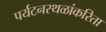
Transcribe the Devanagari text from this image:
पर्यटनस्थळांकरिता